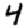
Digit: 4